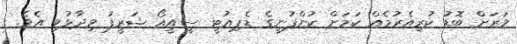
ވަރަށް ބޮޑު ކުރިއެރުމެއް ކަމަށް ކުންފުނީގެ ޑެޕިއުޓީ ސީއީއޯ ޝަރީފު ވިދާޅުވި އެވެ.